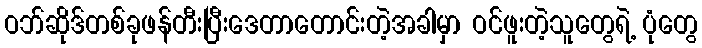
ဝဘ်ဆိုဒ်တစ်ခုဖန်တီးပြီးဒေတာတောင်းတဲ့အခါမှာ ဝင်ဖူးတဲ့သူတွေရဲ့ ပုံတွေ